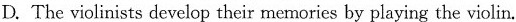
D. The violinists develop their memories by playing the violin.